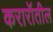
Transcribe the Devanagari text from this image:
करारॉतील